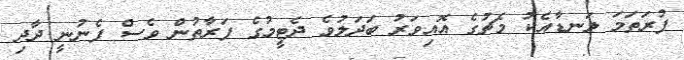
ފުރަތަމަ ލަނޑާއެކު މެޗުގެ އޮއިވަރު ބަދަލުވެ ދެޓީމުގެ ފަރާތުން ވެސް ފެނުނީ ދާދި